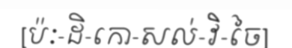
[ប៉ៈ-ដិ-កោ-សល់-វិ-ចៃ]